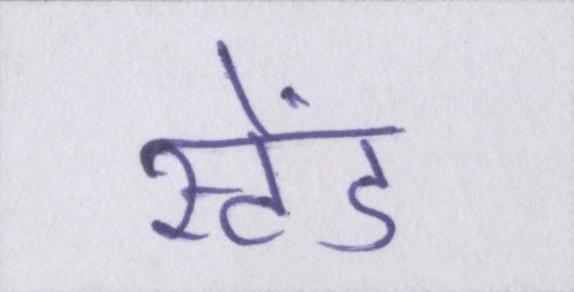
स्टेंड